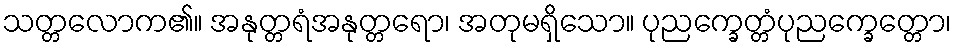
သတ္တလောက၏။ အနုတ္တရံအနုတ္တရော၊ အတုမရှိသော။ ပုညက္ခေတ္တံပုညက္ခေတ္တော၊